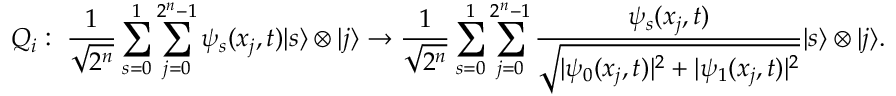
Q _ { i } : ~ \frac { 1 } { \sqrt { 2 ^ { n } } } \sum _ { s = 0 } ^ { 1 } \sum _ { j = 0 } ^ { 2 ^ { n } - 1 } \psi _ { s } ( x _ { j } , t ) | s \rangle \otimes | j \rangle \to \frac { 1 } { \sqrt { 2 ^ { n } } } \sum _ { s = 0 } ^ { 1 } \sum _ { j = 0 } ^ { 2 ^ { n } - 1 } \frac { \psi _ { s } ( x _ { j } , t ) } { \sqrt { | \psi _ { 0 } ( x _ { j } , t ) | ^ { 2 } + | \psi _ { 1 } ( x _ { j } , t ) | ^ { 2 } } } | s \rangle \otimes | j \rangle .